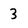
Character: 3